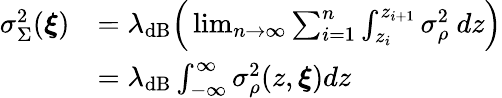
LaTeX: \begin{array}{rl}{\sigma_{\Sigma}^{2}(\boldsymbol{\xi})}&{=\lambda_{\mathrm{dB}}\Big(\operatorname*{lim}_{n\to\infty}\sum_{i=1}^{n}\int_{z_{i}}^{z_{i+1}}\sigma_{\rho}^{2}\ dz\Big)}\\ &{=\lambda_{\mathrm{dB}}\int_{-\infty}^{\infty}\sigma_{\rho}^{2}(z,\boldsymbol{\xi})dz}\end{array}